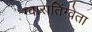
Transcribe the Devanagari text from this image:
ग्वारातिंग्वेता